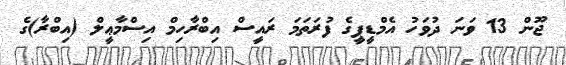
ޖޫން 13 ވަނަ ދުވަހު އެމްޑީޕީގެ ފުރަތަމަ ރައީސް އިބްރާހިމް އިސްމާޢީލް (އިބްރާ)ގެ